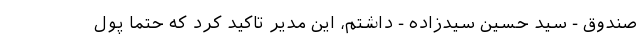
صندوق - سید حسین سیدزاده - داشتم، این مدیر تاکید کرد که حتما پول